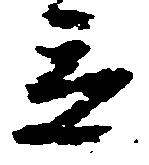
立